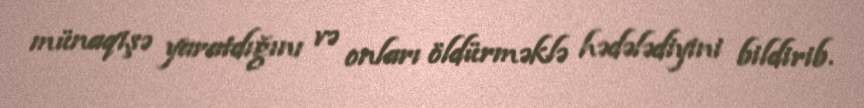
münaqişə yaratdığını və onları öldürməklə hədələdiyini bildirib.